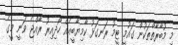
މި މުބާރާތްތަކުން ގައުމީ ޓީމު ރަނގަޅު ކާމިޔާބީއެއް ހޯދިއިރު ރާއްޖެ ވަނީ މީގެ